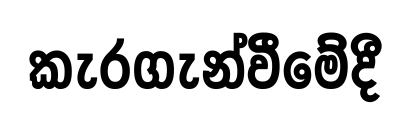
කැරගැන්වීමේදී